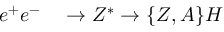
\begin{array} { r l } { { e ^ { + } e ^ { - } } } & { { } { { } \to Z ^ { * } \to \{ Z , A \} H } } \end{array}